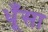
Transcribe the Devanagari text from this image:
धूँसा